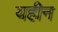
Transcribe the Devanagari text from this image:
यहीन